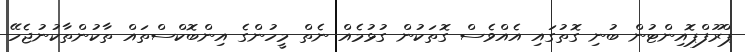
ޕްރޫފްޕޮއިންޓުން ބުނި ގޮތުގައި އެއްވެސް ގޮތަކުން ގުޅުމެއް ނެތް މީހުންގެ އިންބޮކްސްތައް ތާކުންތާކުނުޖެހޭ